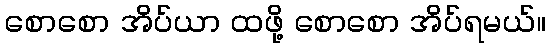
စောစော အိပ်ယာ ထဖို့ စောစော အိပ်ရမယ်။